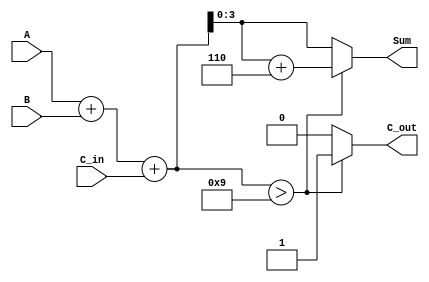
module BCD_Conditional_Adder (
    input [3:0] A,      // First BCD digit (0-9)
    input [3:0] B,      // Second BCD digit (0-9)
    input C_in,         // Carry input
    output reg [3:0] Sum, // Resulting BCD sum
    output reg C_out      // Carry output
);

    wire [4:0] S; // 5-bit sum to accommodate carry from addition

    // Step 1: Perform binary addition 
    assign S = A + B + C_in;

    // Step 2: Determine if correction is needed
    always @(*) begin
        if (S > 9) begin
            Sum = S[3:0] + 4'b0110; // Add 6 to correct for BCD
            C_out = 1'b1;           // Set carry out
        end else begin
            Sum = S[3:0];           // No correction needed
            C_out = 1'b0;           // Clear carry out
        end
    end

endmodule